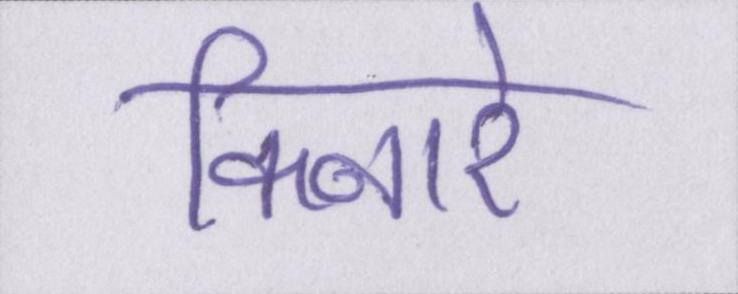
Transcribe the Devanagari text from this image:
किनारे